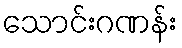
သောင်းဂဏန်း